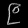
Digit: ၉